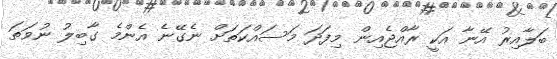
ބަލާއިރު އޭނާ އަކީ ރާއްޖެއިން މިފަދަ މަސައްކަތަށް ނެގޭނެ އެންމެ ގާބިލު ނުވަތަ